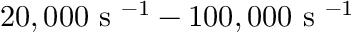
2 0 , 0 0 0 \textrm { s } ^ { - 1 } - 1 0 0 , 0 0 0 \textrm { s } ^ { - 1 }